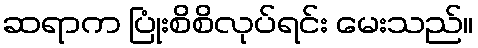
ဆရာက ပြုံးစိစိလုပ်ရင်း မေးသည်။